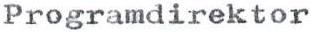
Programdirektor